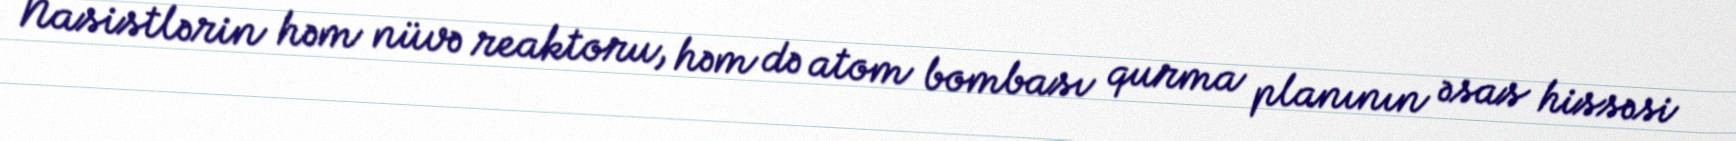
Nasistlərin həm nüvə reaktoru, həm də atom bombası qurma planının əsas hissəsi